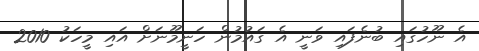
އެ ނޫހުގައި ބުނެފައި ވަނީ އެ ގައުމުން ހަނީމޫނަށް އައި މީހަކު 2010